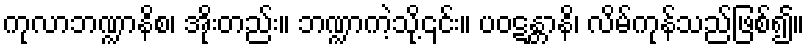
ကုလာဘဏ္ဍာနိစ၊ အိုးတည်း။ ဘဏ္ဍာကဲ့သို့၎င်း။ ပဝဋန္တာနိ၊ လိမ်ကုန်သည်ဖြစ်၍။